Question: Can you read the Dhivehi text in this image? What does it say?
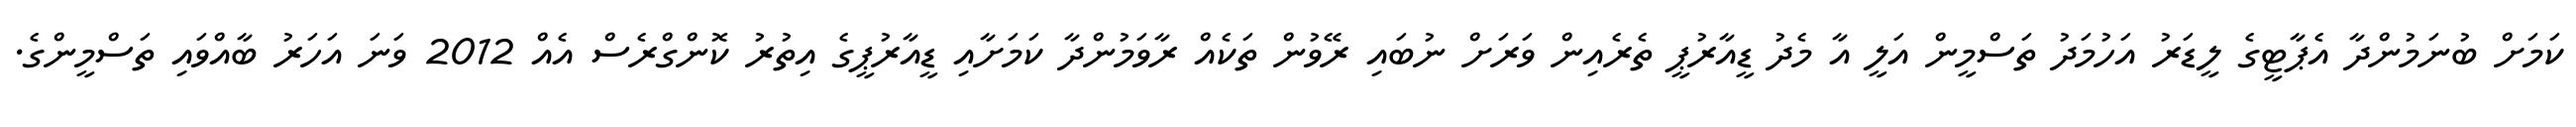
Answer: ކަމަށް ބުނަމުންދާ އެޕާޓީގެ ލީޑަރު އަހުމަދު ތަސްމީން އަލީ އާ މެދު ޑީއާރުޕީ ތެރެއިން ވަރަށް ނުބައި ރޭވުން ތަކެއް ރާވަމުންދާ ކަމަށާއި ޑީއާރުޕީގެ އިތުރު ކޮންގްރެސް އެއް 2012 ވަނަ އަހަރު ބާއްވައި ތަސްމީންގެ.